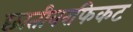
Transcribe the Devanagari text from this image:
छातीवरफिकट